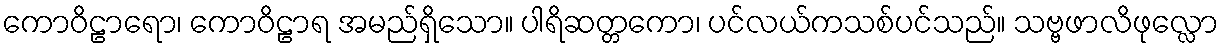
ကောဝိဠာရော၊ ကောဝိဠာရ အမည်ရှိသော။ ပါရိဆတ္တကော၊ ပင်လယ်ကသစ်ပင်သည်။ သဗ္ဗဖာလိဖုလ္လော